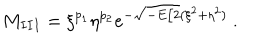
M _ { I I I } = \xi ^ { p _ { 1 } } \eta ^ { p _ { 2 } } e ^ { - \sqrt { - E / 2 } ( \xi ^ { 2 } + \eta ^ { 2 } ) } \ .